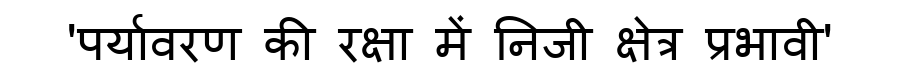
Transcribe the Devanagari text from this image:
'पर्यावरण की रक्षा में निजी क्षेत्र प्रभावी'